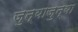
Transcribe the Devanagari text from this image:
जुन्याजुन्या